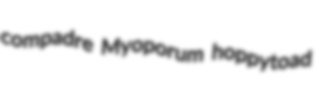
compadre Myoporum hoppytoad